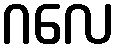
ဂလေ